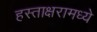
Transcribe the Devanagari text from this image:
हस्ताक्षरामध्ये